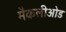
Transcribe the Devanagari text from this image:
मैकलीओड